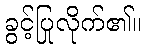
ခွင့်ပြုလိုက်၏။